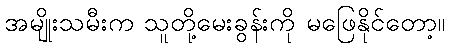
အမျိုးသမီးက သူတို့မေးခွန်းကို မဖြေနိုင်တော့။